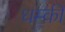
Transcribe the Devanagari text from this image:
धम्की